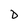
Character: D